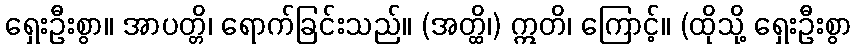
ရှေးဦးစွာ။ အာပတ္တိ၊ ရောက်ခြင်းသည်။ (အတ္ထိ၊) ဣတိ၊ ကြောင့်။ (ထိုသို့ ရှေးဦးစွာ